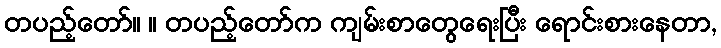
တပည့်တော်။ ။ တပည့်တော်က ကျမ်းစာတွေရေးပြီး ရောင်းစားနေတာ,